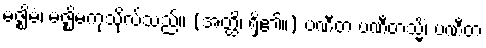
မဇ္ဈိမံ၊ မဇ္ဈိမကုသိုလ်သည်။ (အတ္ထိ၊ ရှိ၏။) ပဏီတ ပဏီတသ္မိံ၊ ပဏီတ